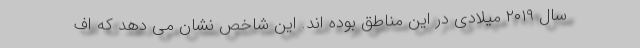
سال ۲۰۱۹ میلادی در این مناطق بوده اند. این شاخص نشان می دهد که اف